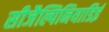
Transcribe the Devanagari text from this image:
सीजैल्पिनियाडिई